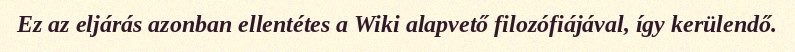
Ez az eljárás azonban ellentétes a Wiki alapvető filozófiájával, így kerülendő.